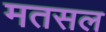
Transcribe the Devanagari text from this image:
मतसल